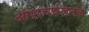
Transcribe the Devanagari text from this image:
आशचर्यजनक